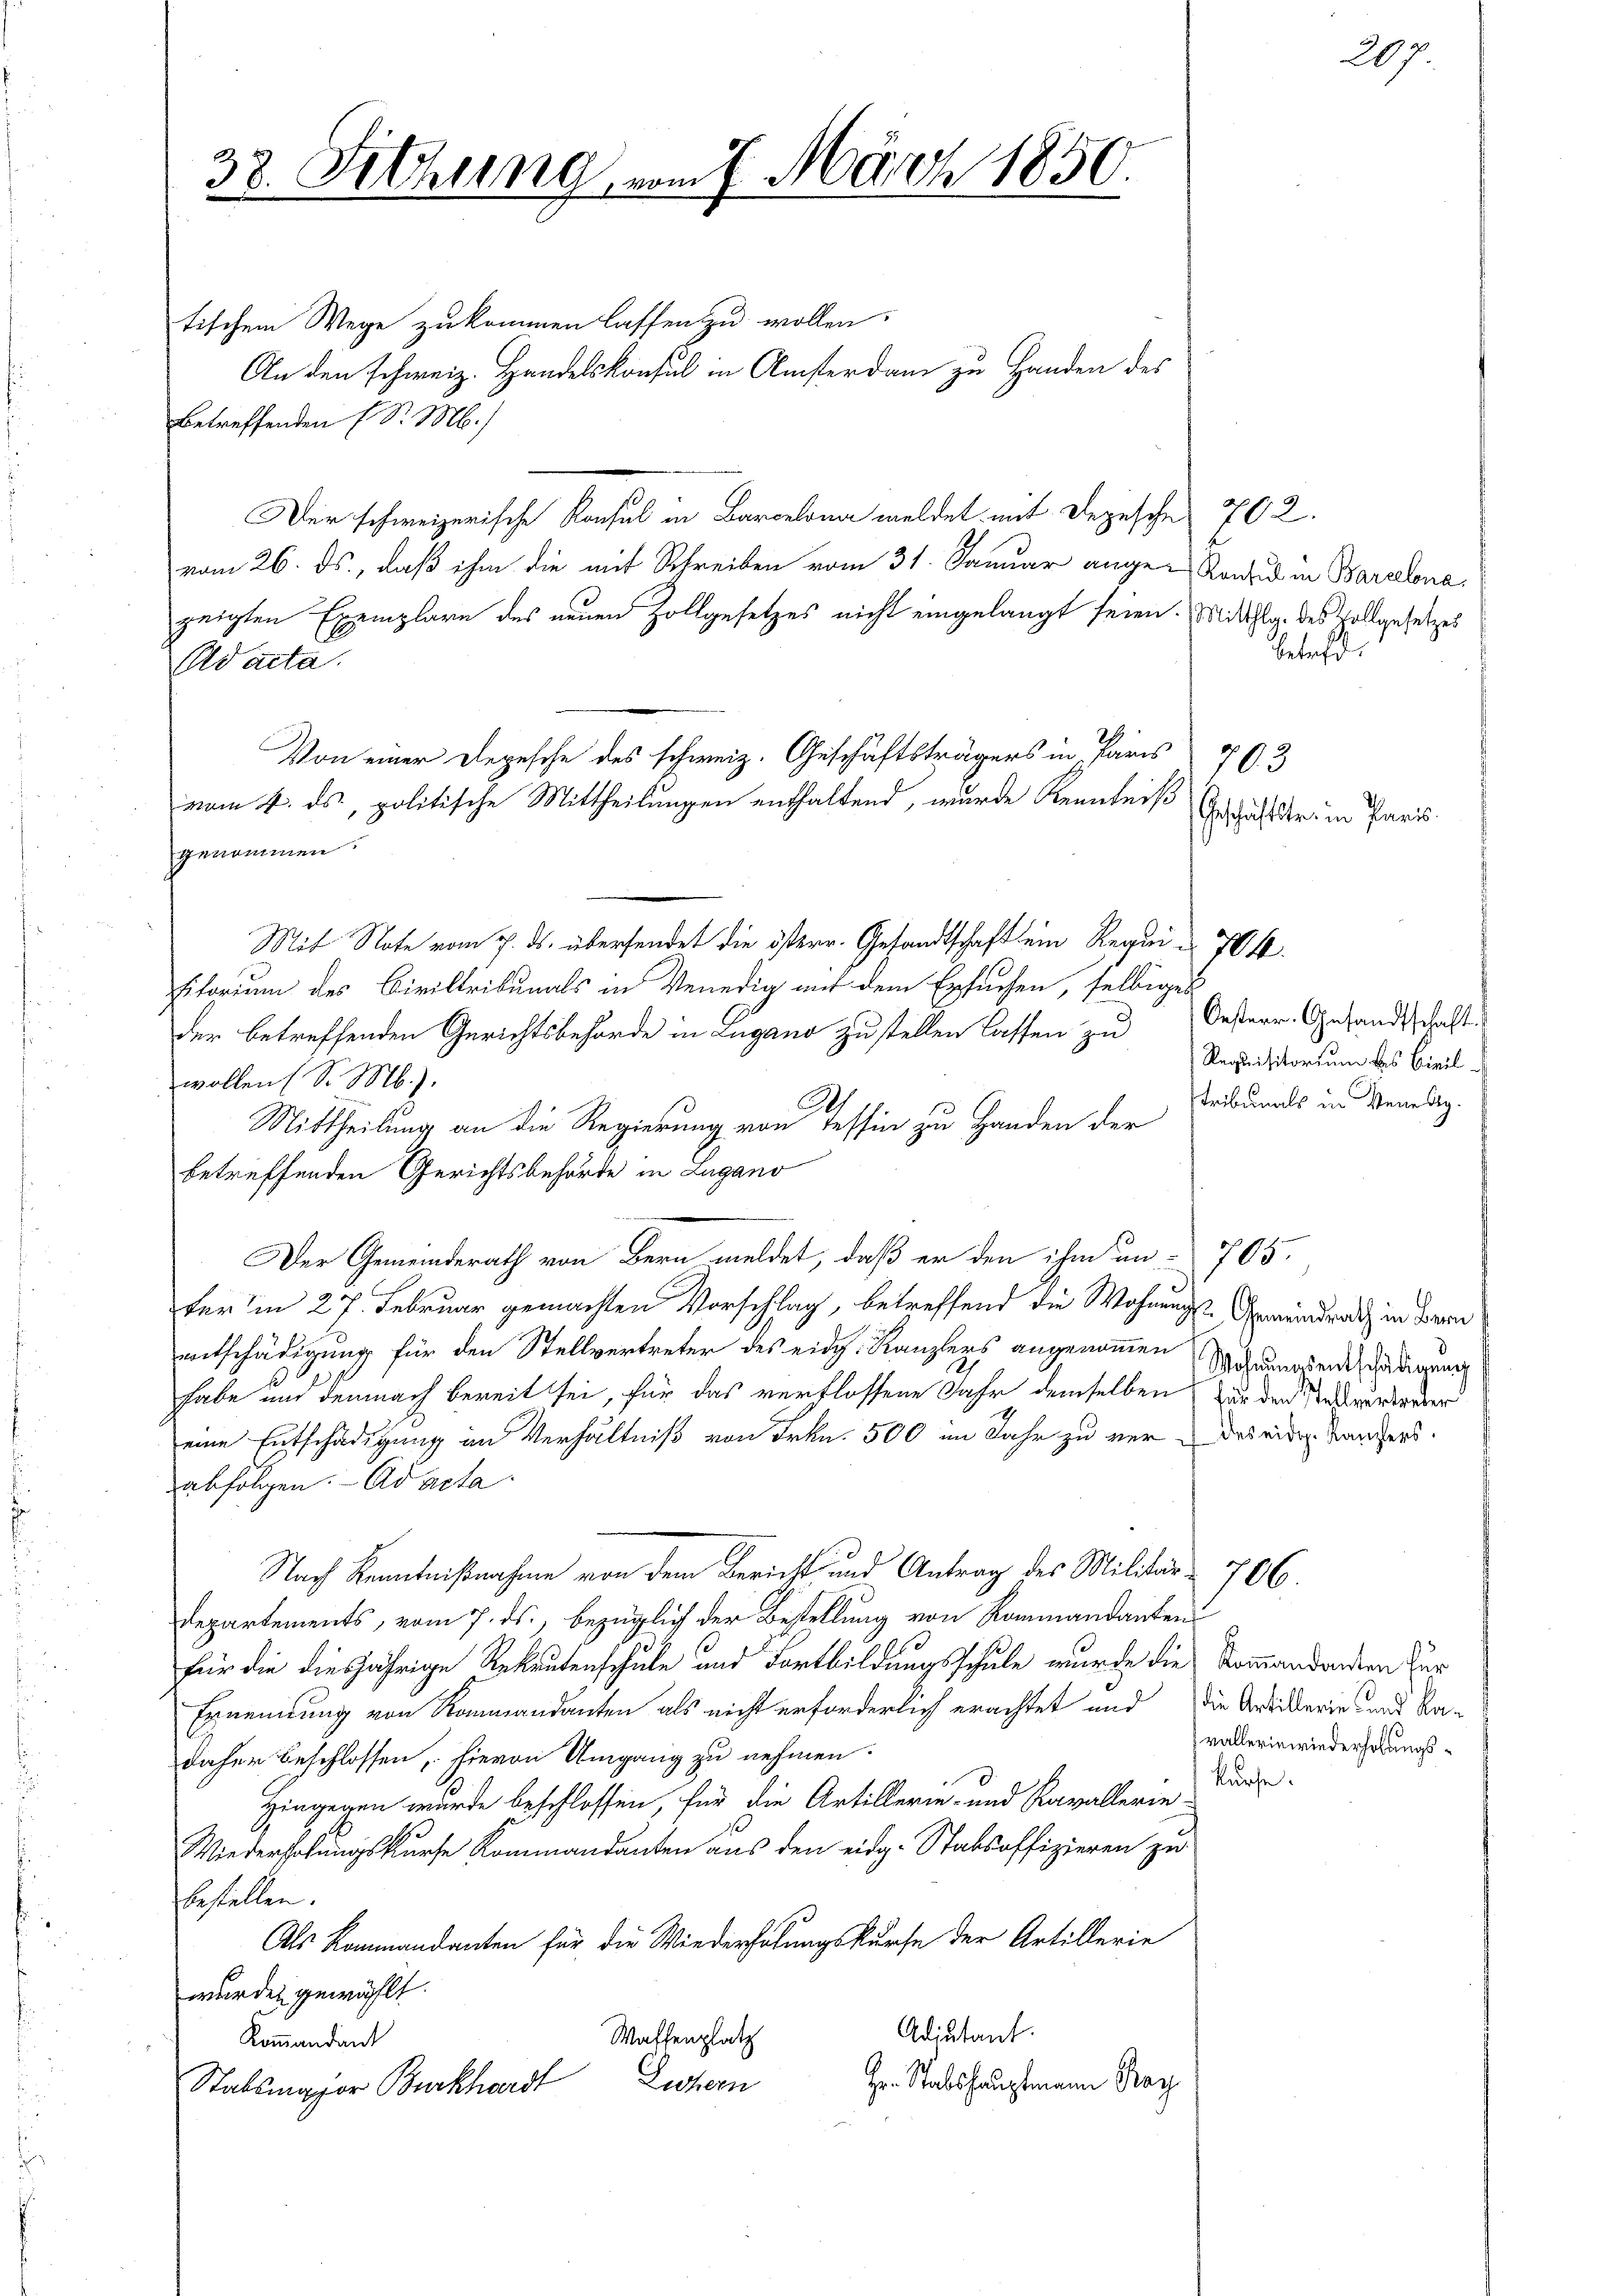
38. Fichung vom 7. März 1850.

tischem Wege zukommen lassen zu wollen.
An den schweiz. Handelskonsul in Ansterdam zu Handen des
betreffenden (S. M.)
Der schweizerische Konsul in Barcelona meldet mit Depesche 702.
vom 26. ds., daß ihm die mit Schreiben vom 31. Januar ange-Ronzu in Baralonazeigten Exemplare des neuen Zollgesetzes nicht eingelangt seien. Mitthlg. des Vollgesetzes
Edacta.
Von einer Depesche des schweiz. Geschäftsträgers in Paris 793
vom 4. ds, politische Mittheilungen enthaltend, wurde Kenntniß
genommen.
Mit Note vom 7. ds. übersendet die österr. Gesandtschaft ein Requi f
sitorium des Civiltribunals in Venedig auf dem Ersuchen, selbiges
der betreffenden Gerichtsbehörde in Lugano zu stellen lassen zu Oesterr. Gesandtschaft.
wollen (S. M.).
Mittheilung an die Regierung von Tessin zu Handen der
betreffenden Gerichtsbehörde in Lugano
Der Gemeinderath von Bern meldet, daß er den ihm un- 705.
ter in 27. Februar gemachten Vorschlag, betreffend die Wohnungs-Gemeindrath in Bern
entschädigung für den Stellvertreter des eidg. Kanzlers angenommen Schwundentschädigung
habe und demnach bereit sei, für das verflossene Jahr demselben zur den wurdender
eine Entschädigung in Verhältniß von Frkn. 500 im Jahr zu ver- des eidg. Taufers.
abfolgen. - Ad acta
Nach Kenntnißnahme von dem Bericht und Antrag des Militär- 706.
Departements, vom 7. ds., bezüglich der Bestellung von Rommandanten
für die diesjährige Rekrutenschule und Fortbildungsschule wurde die Kommandenden zur
Ernennung von Rommandanten als nicht erforderlich erachtet und die Artikerin und Ka-
daher beschlossen, hievon Umgang zu nehmen.
kurse.
Hingegen wurde beschlossen, für die Artillerie- und Kavallerie-
Wiederholungskurse Kommandanten aus den eidg. Stabsoffizieren zu
bestellen.
Als Kommandanten für die Wiederholungskurse der Artillerie
wurde gewählt.
Adjutant.
Waffenplatz
Kommandant
Luchern
Hr. Stabshauptmann May
Stabsmajor Burkhardt

betreff.

Requisitorium des Civil¬
Tribunals in Venedig¬

207

Geschäftstr. in Paris

vallerin wiederholungs¬